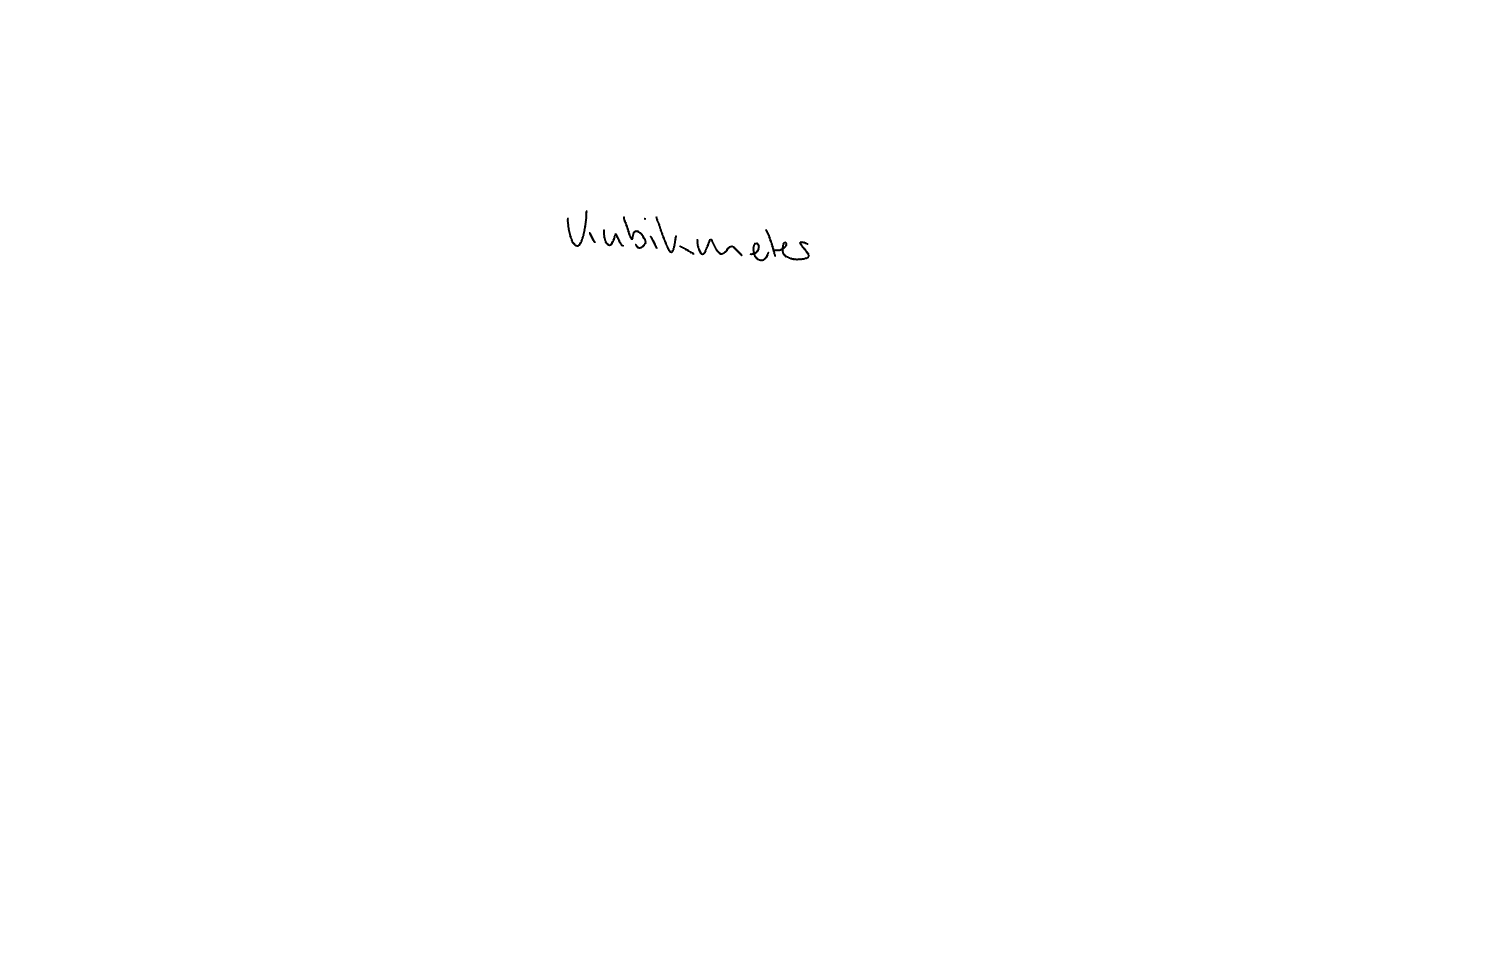
Text: Kubikmeter